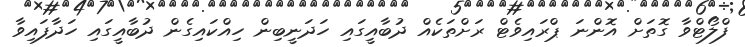
ފްލޯޓްވާ ގޮތަށް އޮންނަ ޕްރައިވެޓް ރަށްތަކެއް ދުބާއީގައި ހަދަނީބިން ހިއްކައިގެން ދުބާއީގައި ހަދާފައިވާ